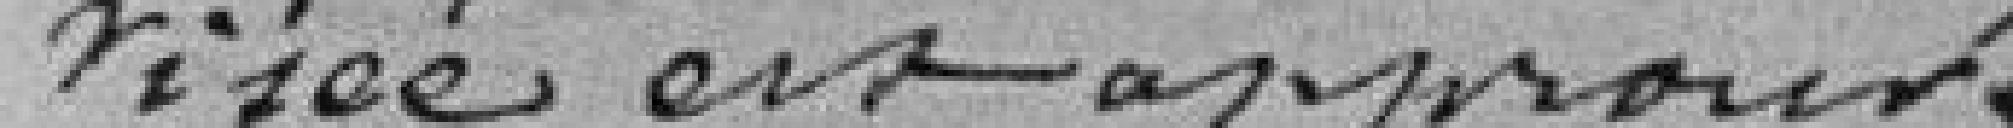
visée est approuvée